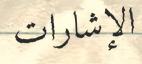
الإشارات